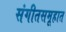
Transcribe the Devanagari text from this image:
संगीतसमूहात